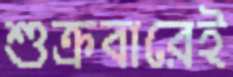
শুক্রবারেই